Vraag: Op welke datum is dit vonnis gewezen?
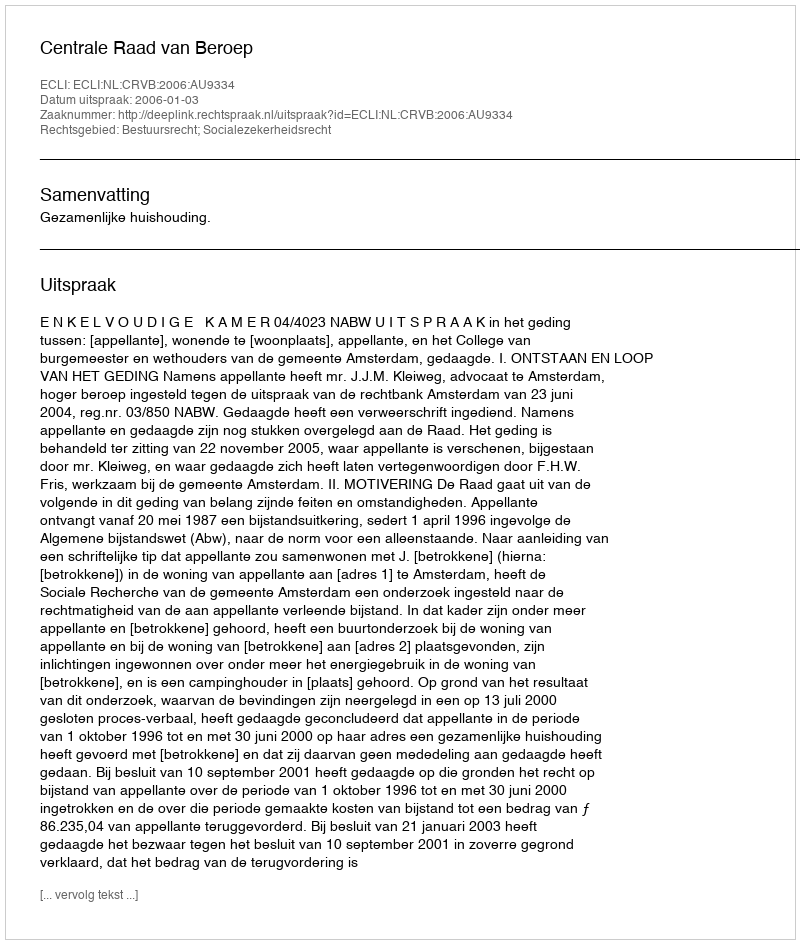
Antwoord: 2006-01-03